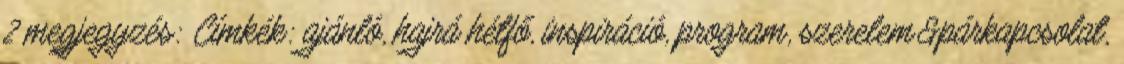
2 megjegyzés: Címkék: ajánló, hajrá hétfő, inspiráció, program, szerelem&párkapcsolat,